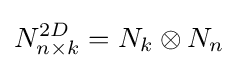
N_{n\times k}^{2D}=N_{k}\otimes N_{n}